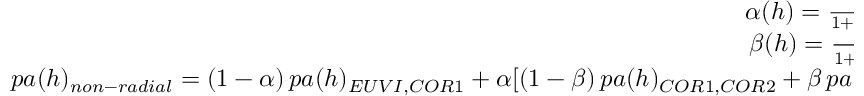
\begin{array} { r } { \alpha ( h ) = \frac { 1 } { 1 + e ^ { ( h - h _ { \alpha } ) / \lambda _ { \alpha } } } } \\ { \beta ( h ) = \frac { 1 } { 1 + e ^ { ( h - h _ { \beta } ) / \lambda _ { \beta } } } } \\ { p a ( h ) _ { n o n - r a d i a l } = ( 1 - \alpha ) \, p a ( h ) _ { E U V I , C O R 1 } + \alpha [ ( 1 - \beta ) \, p a ( h ) _ { C O R 1 , C O R 2 } + \beta \, p a ( h ) _ { C O R 2 } ] } \end{array}